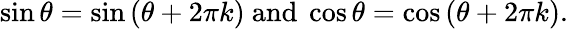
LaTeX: \sin\theta=\sin\left(\theta+2\pi k\right){\mathrm{~and~}}\cos\theta=\cos\left(\theta+2\pi k\right).